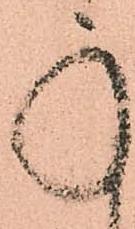
承